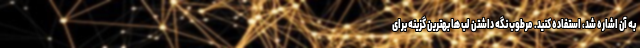
به آن اشاره شد، استفاده کنید. مرطوب نگه داشتن لب ها بهترین گزینه برای